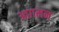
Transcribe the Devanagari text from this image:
आग़मन